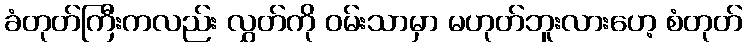
ခံတုတ်ကြီးကလည်း လွှတ်ကို ဝမ်းသာမှာ မဟုတ်ဘူးလားဟေ့ စံတုတ်